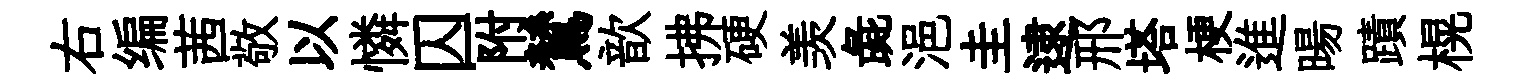
右编茜敬以憐囚附鷥歆拂硬羡彘浥圭逮邢塔梗進暘蹟榥